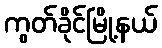
ကွတ်ခိုင်မြို့နယ်